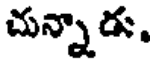
చున్నాడు,